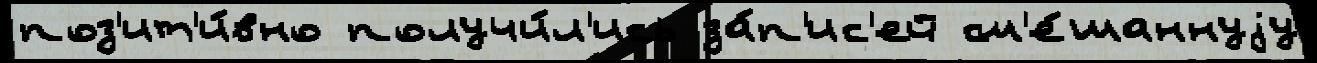
поз'ит'и́вно получи́л'ись за́п'ис'ей см'е́шаннуjу